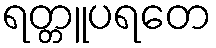
ရတ္တူပရတေ